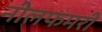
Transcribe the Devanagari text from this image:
नीलफमरी